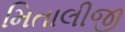
મિતાલીજી